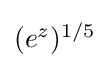
\textstyle (e^{z})^{1/5}